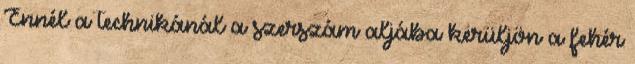
Ennél a technikánál a szerszám aljába kerüljön a fehér